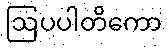
ဩပပါတိကော